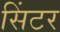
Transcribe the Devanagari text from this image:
सिंटर